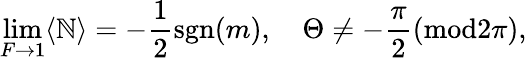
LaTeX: \operatorname*{lim}_{F\to1}\langle\mathbb{N}\rangle=-{\frac{{1}}{{2}}}\mathrm{{sgn}}(m),\quad\Theta\neq-\frac{{\pi}}{{2}}(\mathrm{{mod}}2\pi),